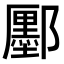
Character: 𫑮